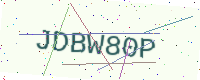
Text: JDBW80P